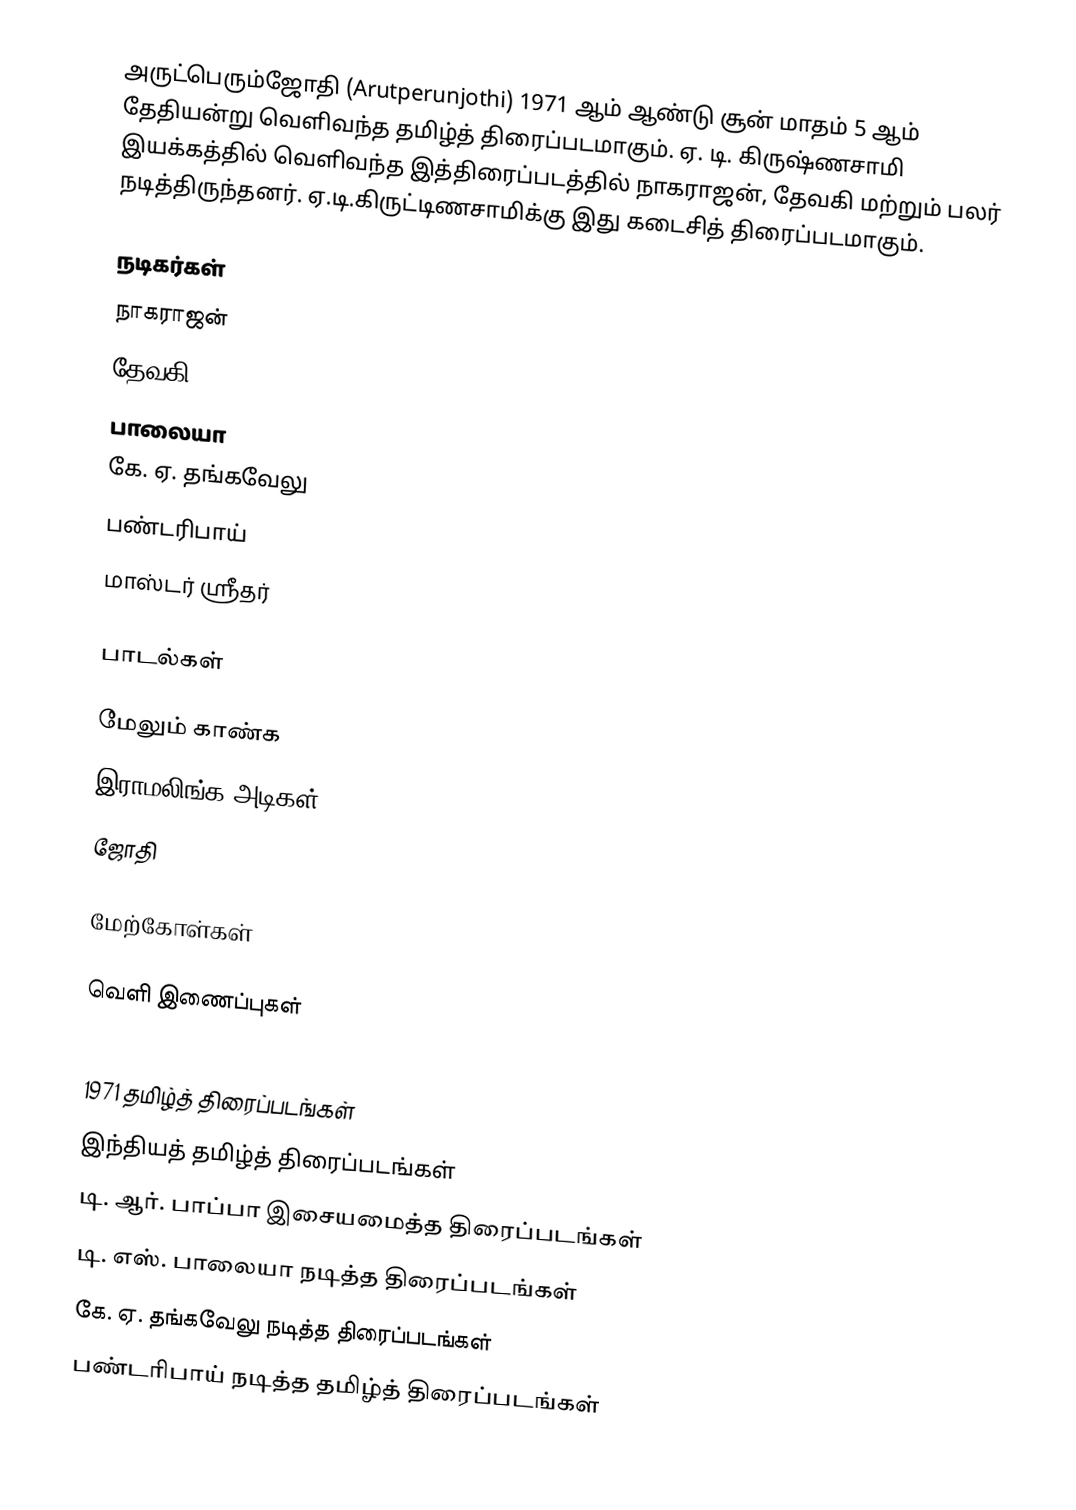
அருட்பெரும்ஜோதி (Arutperunjothi) 1971 ஆம் ஆண்டு சூன் மாதம் 5 ஆம் தேதியன்று  வெளிவந்த தமிழ்த் திரைப்படமாகும். ஏ. டி. கிருஷ்ணசாமி இயக்கத்தில் வெளிவந்த இத்திரைப்படத்தில் நாகராஜன், தேவகி மற்றும் பலர் நடித்திருந்தனர். ஏ.டி.கிருட்டிணசாமிக்கு இது கடைசித் திரைப்படமாகும்.

நடிகர்கள்
 நாகராஜன்
 தேவகி
 பாலையா
 கே. ஏ. தங்கவேலு
 பண்டரிபாய்
 மாஸ்டர் ஸ்ரீதர்

பாடல்கள்

மேலும் காண்க
இராமலிங்க அடிகள்
ஜோதி

மேற்கோள்கள்

வெளி இணைப்புகள்

1971 தமிழ்த் திரைப்படங்கள்
இந்தியத் தமிழ்த் திரைப்படங்கள்
டி. ஆர். பாப்பா இசையமைத்த திரைப்படங்கள்
டி. எஸ். பாலையா நடித்த திரைப்படங்கள்
கே. ஏ. தங்கவேலு நடித்த திரைப்படங்கள்
பண்டரிபாய் நடித்த தமிழ்த் திரைப்படங்கள்